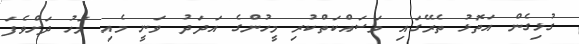
ގުޅިގެން އަތޮޅު ތެރޭގައި މަސައްކަތްކުރި މީހުންގެ އަދަދު ވަނީ މެއި މަހު ދަށްވެފަ